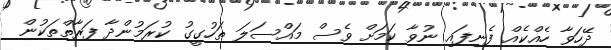
ދޭހަވާ ހެއްކެއް ފެނިފައި ނުވާ ކަމަށް ވެސް މައްސަލަ ތަހުގީގު ކުރަމުންދާ ފަރާތްތަކުން